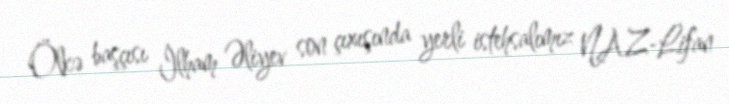
Ölkə başçısı İlham Əliyev son çıxışında yerli istehsalımız NAZ-Lifan